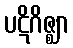
ပဋိဂိဇ္ဈာ